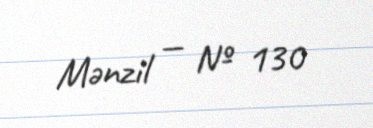
Mənzil — № 130